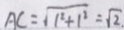
A C = \sqrt { 1 ^ { 2 } + 1 ^ { 2 } } = \sqrt { 2 } .